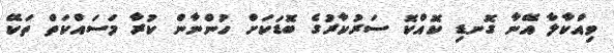
ވިއްކާލާ އޭނާ ގޮނޑި ކޮއްކޮ ސަރުކާރުގެ ބޮޑަކަށް ހުންނާން ކުރާ މަސައްކަތް ތަކޭ